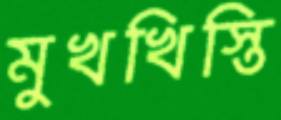
মুখখিস্তি